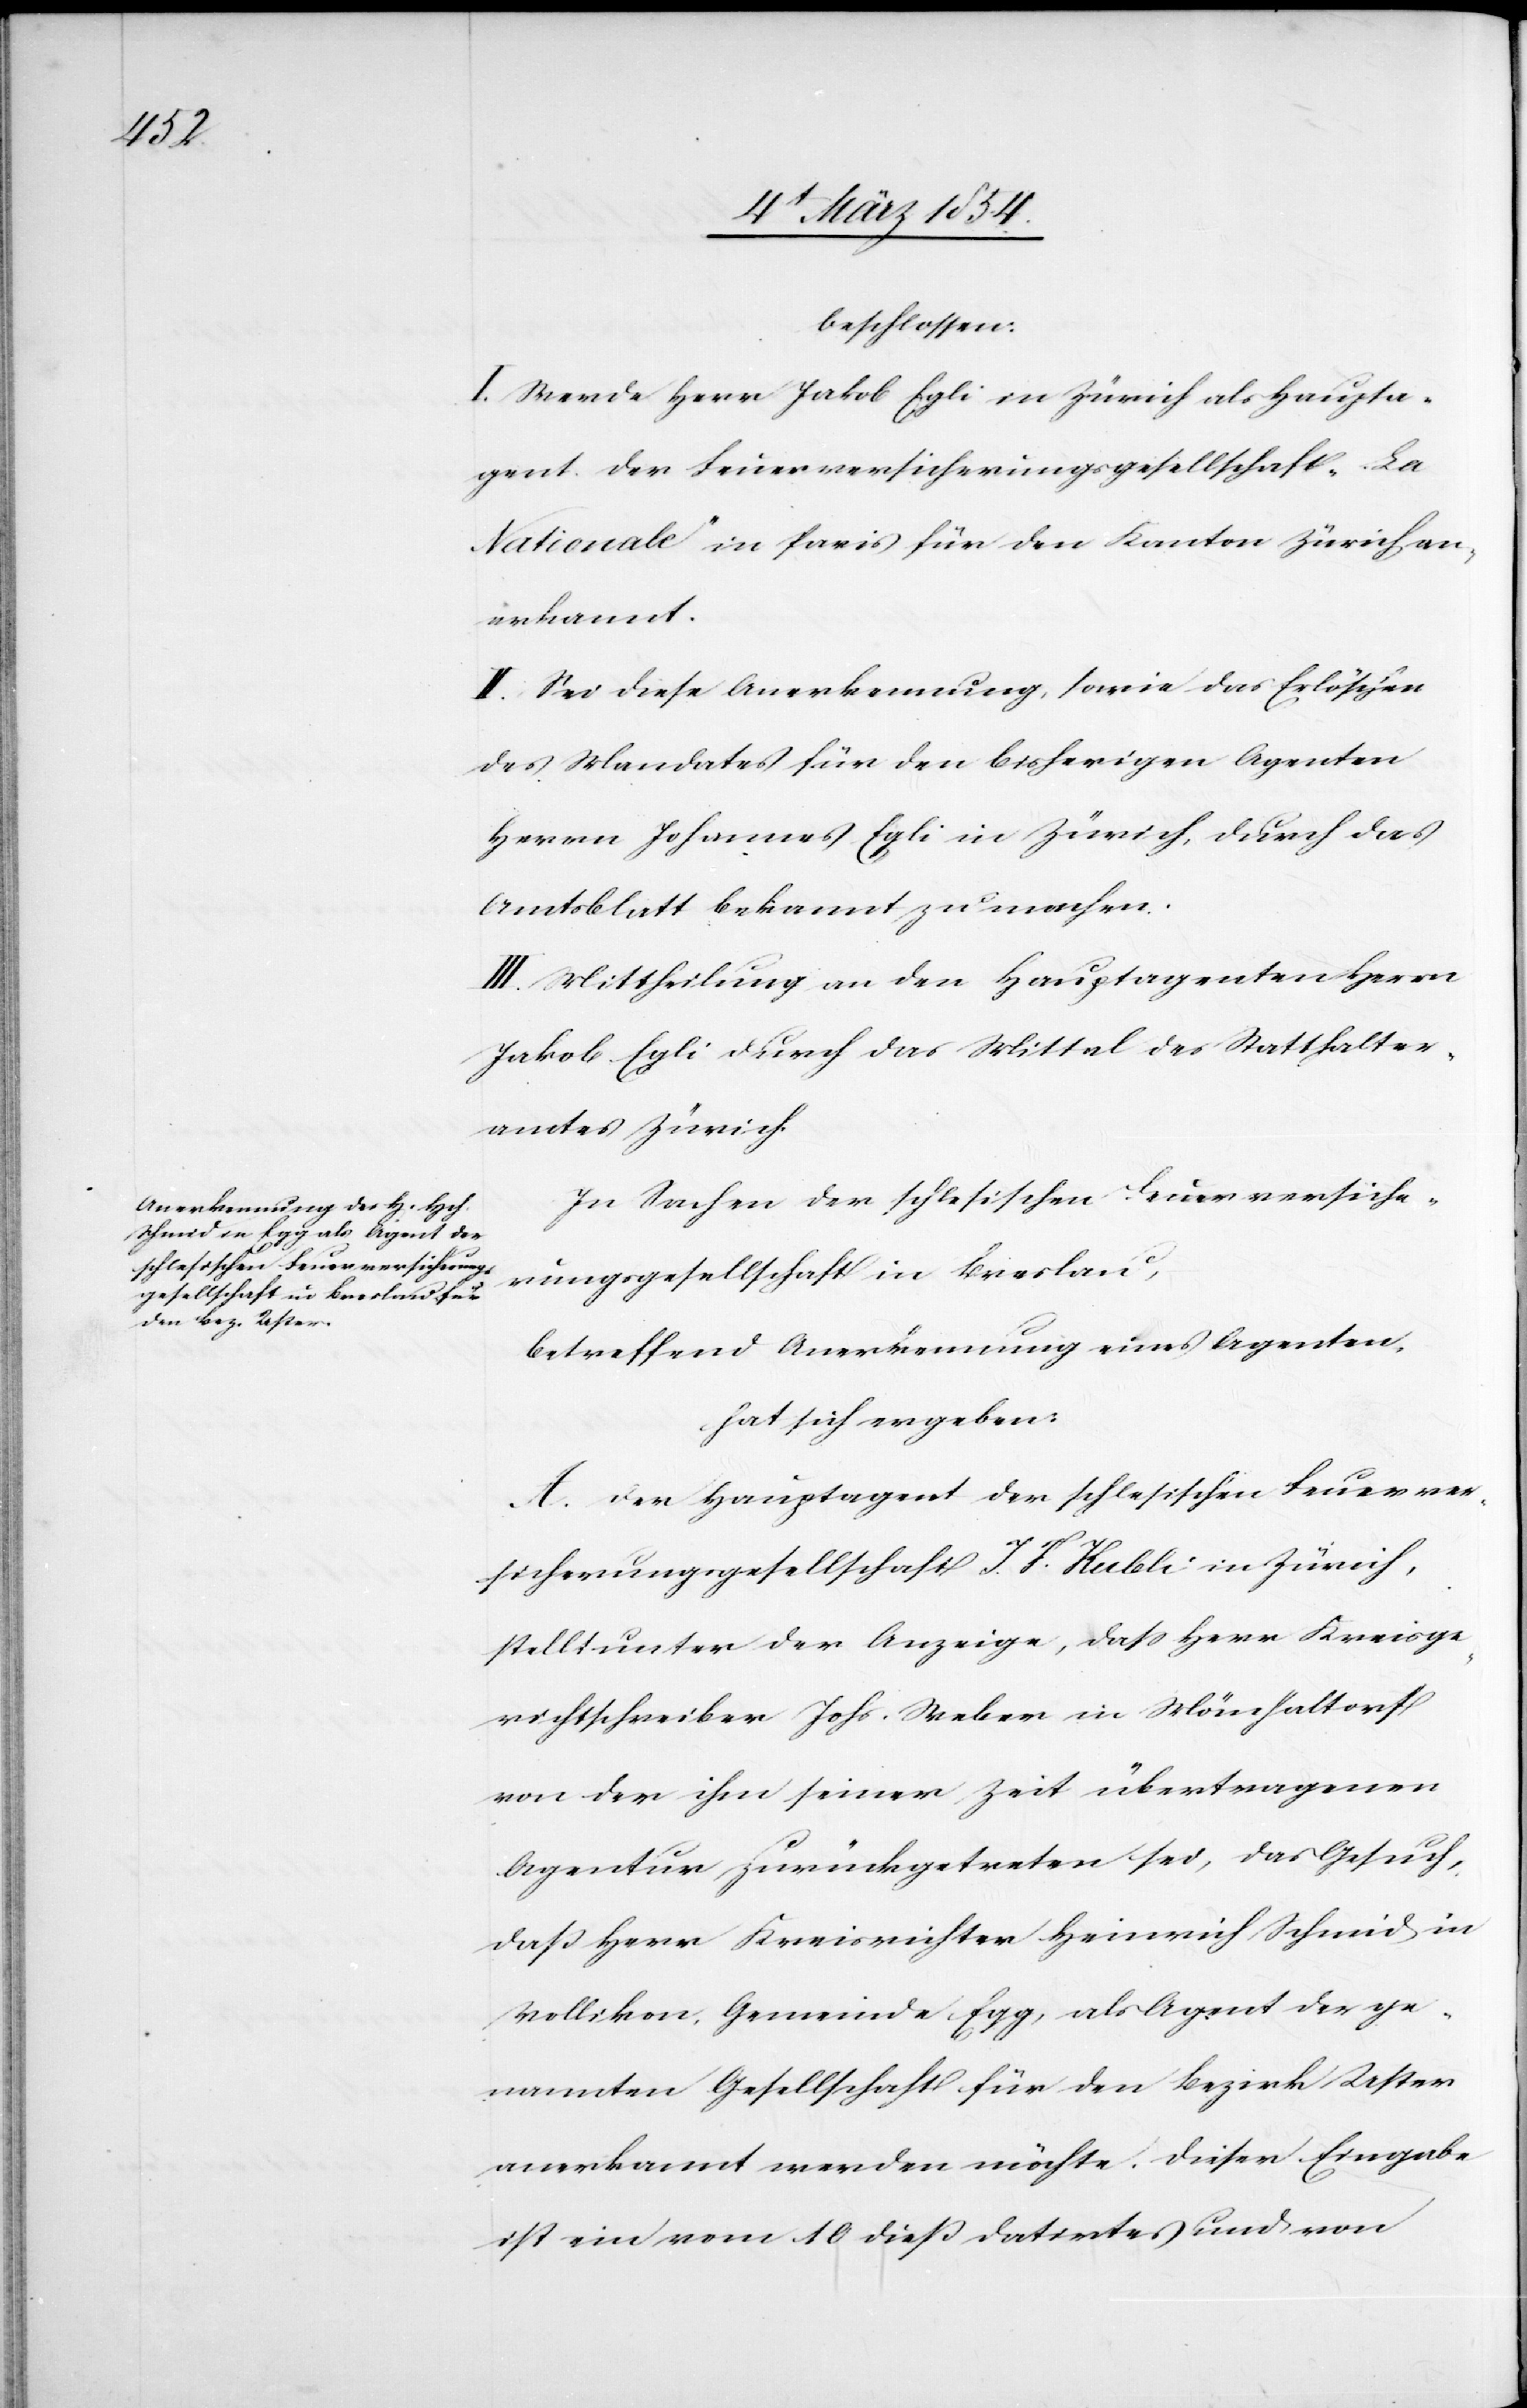
beschlossen:
I. Werde Herr Jakob Egli in Zürich als Haupta¬
gent der Feuerversicherungsgesellschaft „La
Nationale“ in Paris für den Kanton Zürich an¬
erkannt.
II. Sei diese Anerkennung, sowie das Erlöschen
des Mandates für den bisherigen Agenten
Herrn Johannes Egli in Zürich, durch das
Amtsblatt bekannt zu machen.
III. Mittheilung an den Hauptagenten Herrn
Jakob Egli durch das Mittel des Statthalter¬
amtes Zürich.
In Sachen der schlesischen Feuerversiche¬
rungsgesellschaft in Breslau,
betreffend Anerkennung eines Agenten,
hat sich ergeben:
A. Der Hauptagent der schlesischen Feuerver¬
sicherungsgesellschaft J. F. Kubli in Zürich,
stellt unter der Anzeige, daß Herr Kreisge¬
richtschreiber Johs. Weber in Mönchaltorf
von der ihm seiner Zeit übertragenen
Agentur zurückgetreten sei, das Gesuch,
daß Herr Kreisrichter Heinrich Schmid in
Vollikon, Gemeinde Egg, als Agent der ge¬
nannten Gesellschaft für den Bezirk Uster
anerkannt werden möchte. Dieser Eingabe
ist ein vom 10 dieß datirtes und von